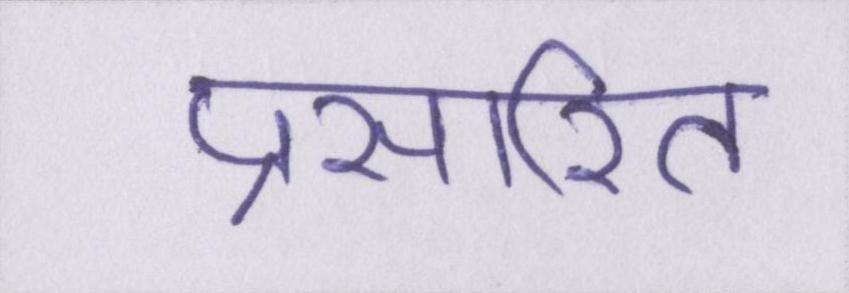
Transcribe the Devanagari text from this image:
प्रसारित